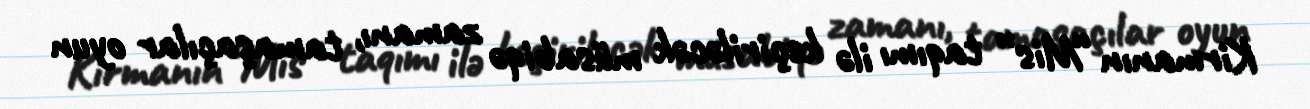
Kirmanın “Mis” taqımı ilə keçiriləcək müsabiqə zamanı, tamaşaçılar oyun